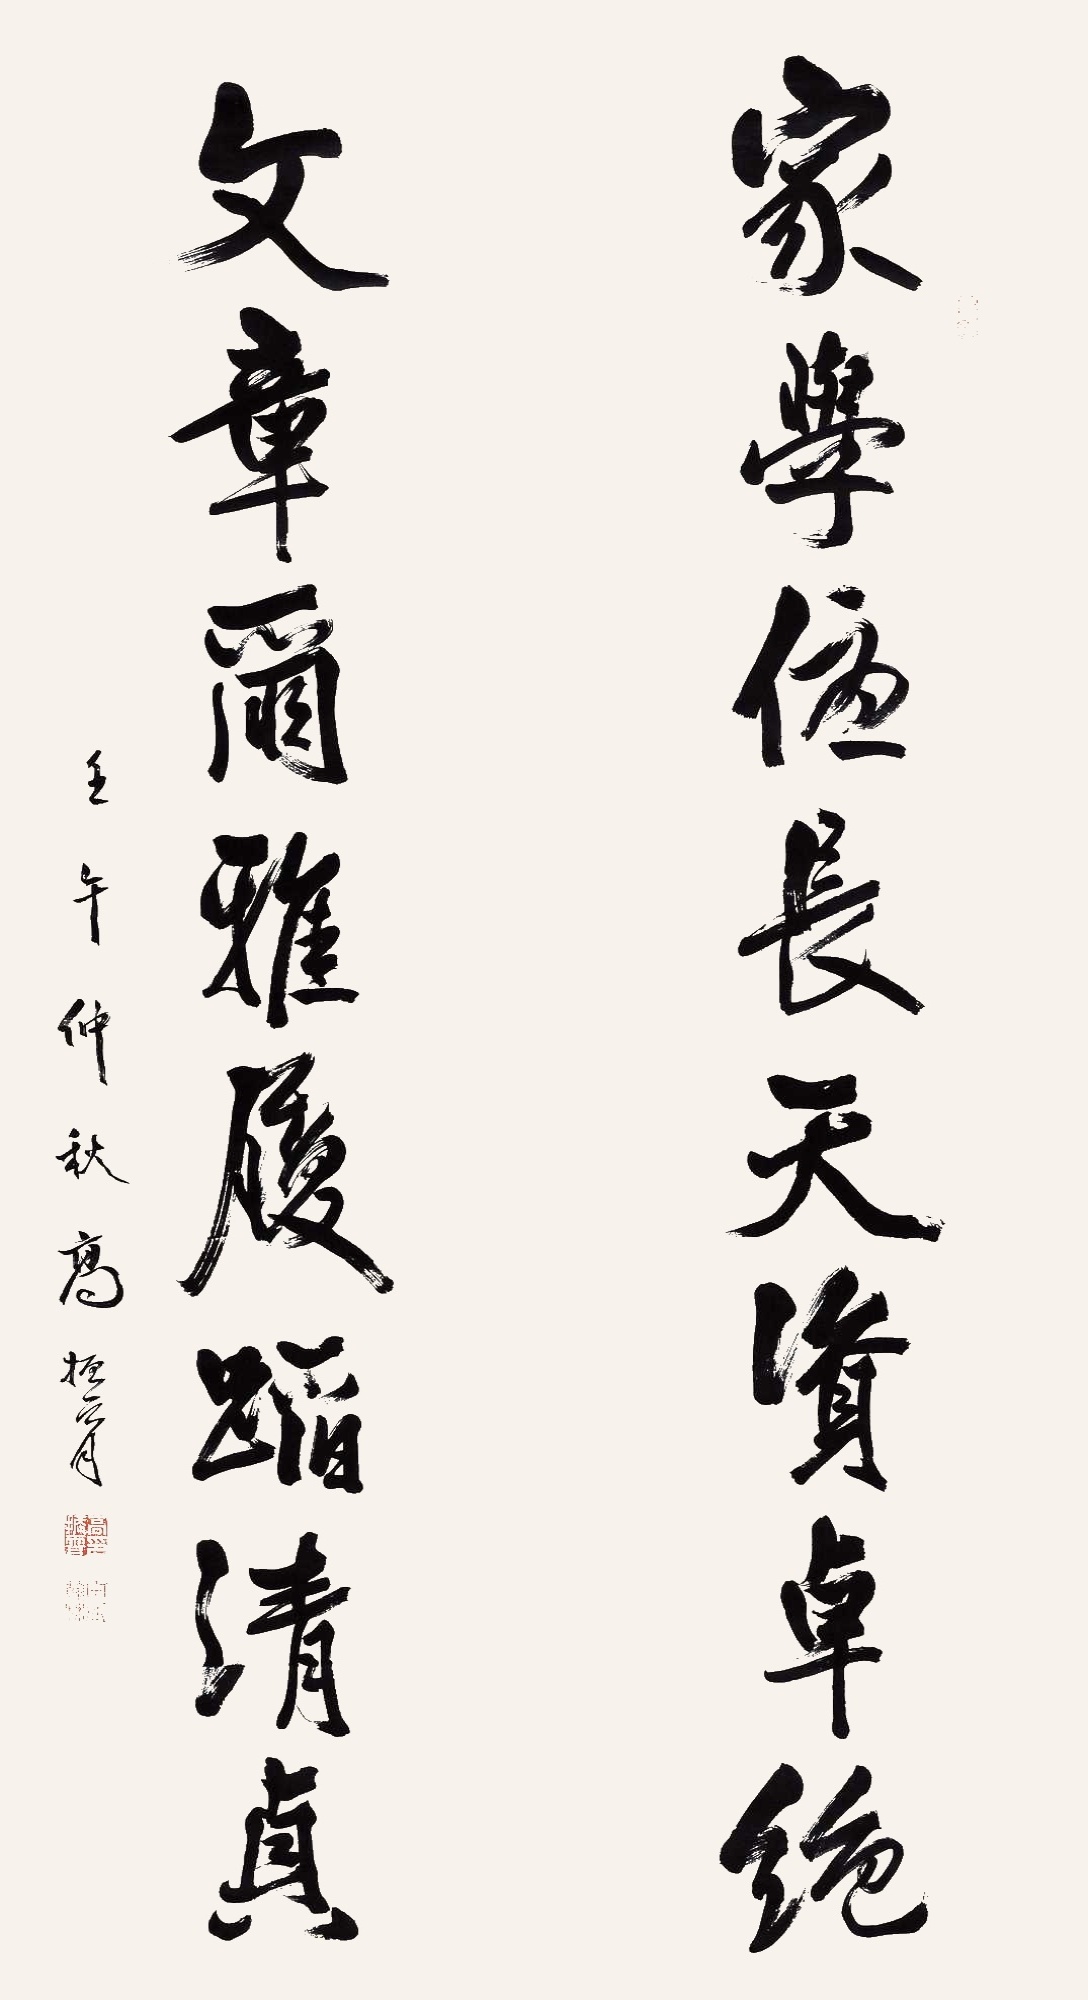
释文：家学优长天资卓绝，文章尔雅履蹈清贞。壬午仲秋，高振霄。